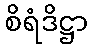
စိရံဒိဋ္ဌာ